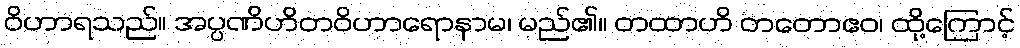
ဝိဟာရသည်။ အပ္ပဏိဟိတဝိဟာရောနာမ၊ မည်၏။ တထာဟိ တတောဧဝ၊ ထို့ကြောင့်